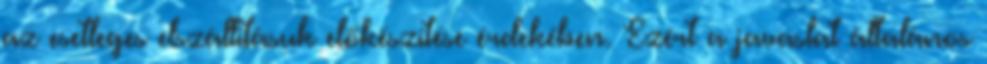
az esetleges elszállításuk előkészítése érdekében. Ezért a javaslat általános